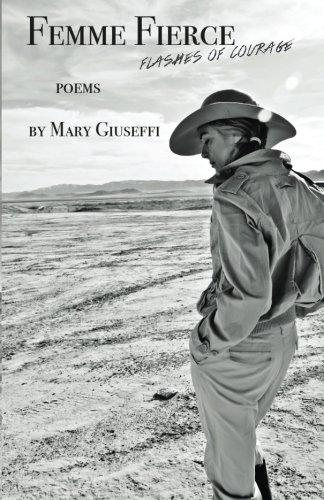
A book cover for Femme Fierce: Flashes of Courage; Mary Giuseffi; Parenting & Relationships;